Lunatic asylums Central Provinces reports 1895-1909 - 1895-1909
Year: 1895
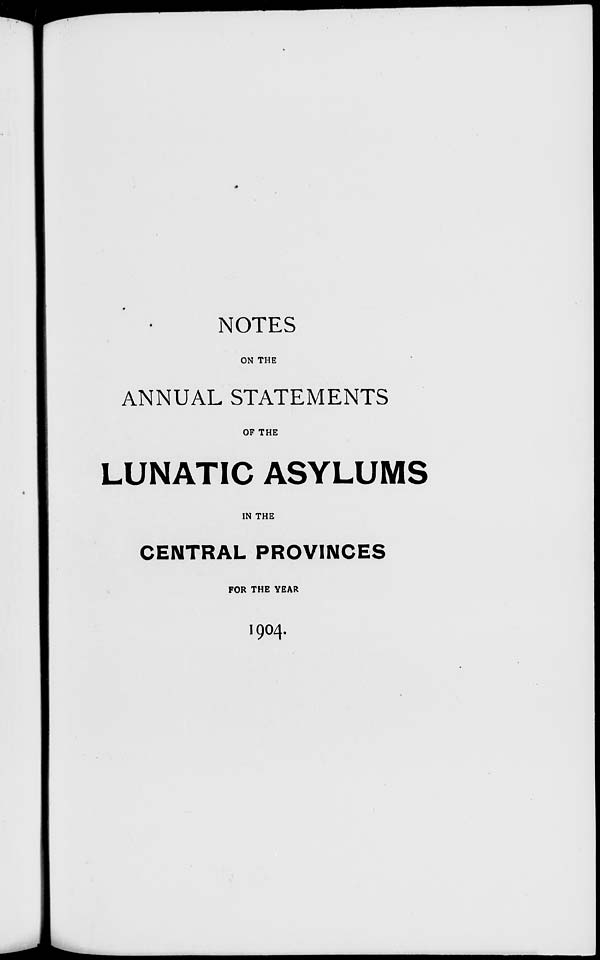
NOTES
ON THE
ANNUAL STATEMENTS
OF THE
LUNATIC ASYLUMS
IN THE
CENTRAL PROVINCES
FOR THE YEAR
1904.